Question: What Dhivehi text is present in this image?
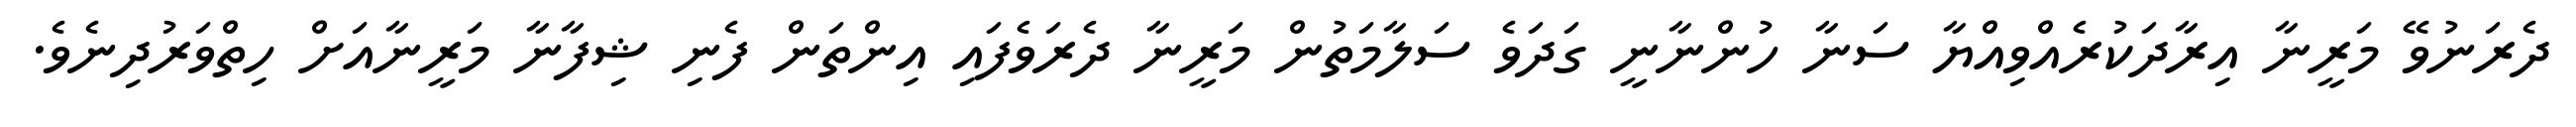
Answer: ދެރަނުވޭ މަރީނާ އިރާދަކުރެއްވިއްޔާ ސަނާ ހުންނާނީ ގަދަވެ ސަލާމަތުން މަރީނާ ދެރަވެފައި އިންތަން ފެނި ޝިފާނާ މަރީނާއަށް ހިތްވަރުދިނެވެ.